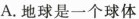
A.地球是一个球体